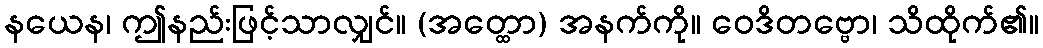
နယေန၊ ဤနည်းဖြင့်သာလျှင်။ (အတ္ထော) အနက်ကို။ ဝေဒိတဗ္ဗော၊ သိထိုက်၏။